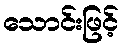
သောင်းဖြင့်